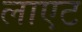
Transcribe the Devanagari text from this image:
लाएट